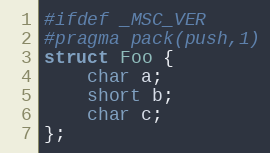
Language: C
#ifdef _MSC_VER
#pragma pack(push,1)
struct Foo {
    char a;
    short b;
    char c;
};